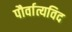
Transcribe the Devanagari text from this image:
पौर्वात्यविद